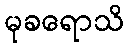
မုခရောသိ